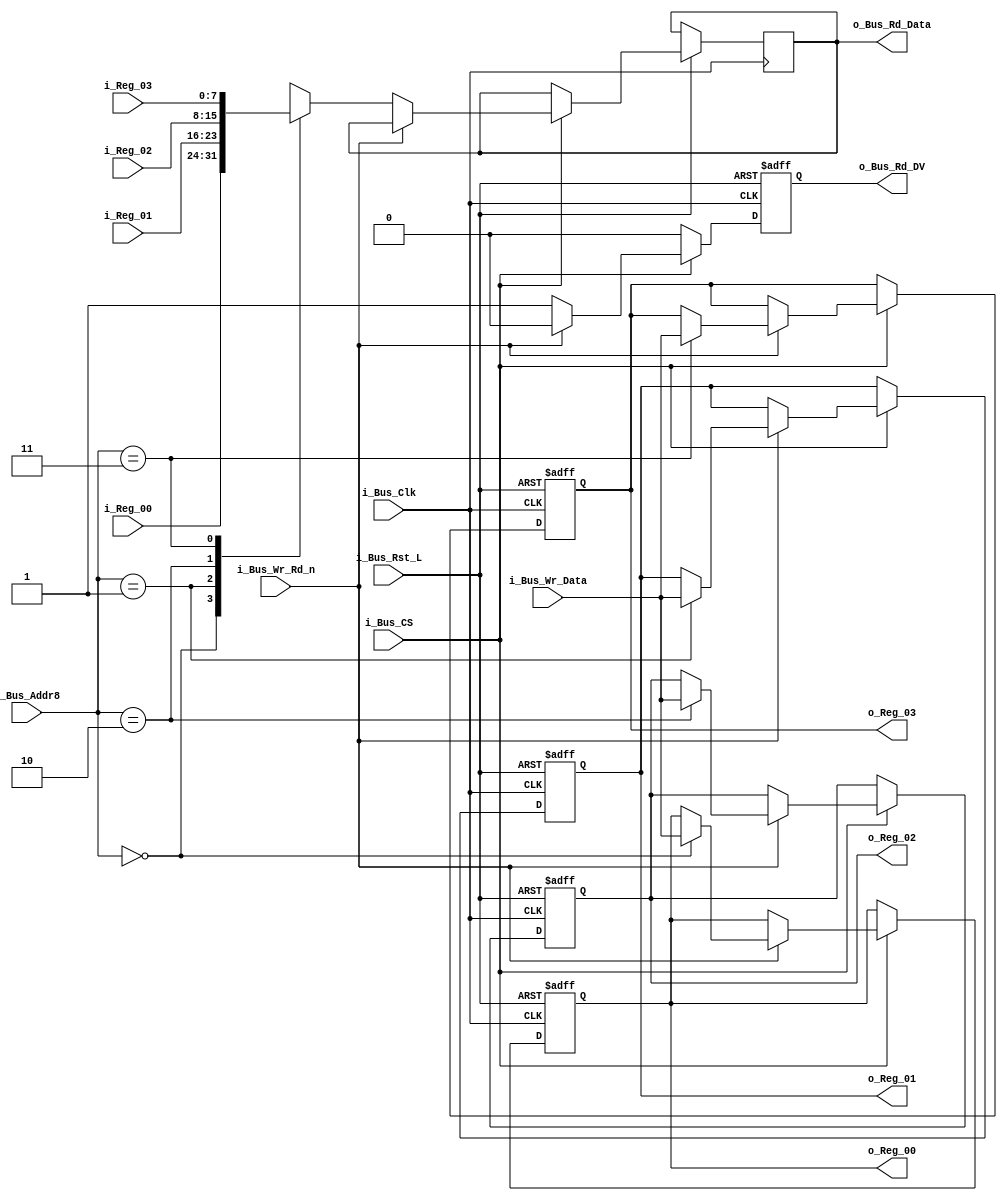
//////////////////////////////////////////////////////////////////////////////
// FPGA Bus Registers, 8 bits wide
// Contains 4 Readable/Writable Registers.
//
// Parameters:
// INIT_XX - Used to initalize registers to non-zero values.
//////////////////////////////////////////////////////////////////////////////
module Bus8_Reg_X4 #(parameter INIT_00 = 0,
                     parameter INIT_01 = 0,
                     parameter INIT_02 = 0,
                     parameter INIT_03 = 0) 
 (input            i_Bus_Rst_L,
  input            i_Bus_Clk,
  input            i_Bus_CS,
  input            i_Bus_Wr_Rd_n,
  input [1:0]      i_Bus_Addr8,
  input [7:0]      i_Bus_Wr_Data,
  output reg [7:0] o_Bus_Rd_Data,
  output reg       o_Bus_Rd_DV,
  input [7:0]      i_Reg_00,
  input [7:0]      i_Reg_01,
  input [7:0]      i_Reg_02,
  input [7:0]      i_Reg_03,
  output reg [7:0] o_Reg_00,
  output reg [7:0] o_Reg_01,
  output reg [7:0] o_Reg_02,
  output reg [7:0] o_Reg_03);

  always @(posedge i_Bus_Clk or negedge i_Bus_Rst_L)
  begin
    if (~i_Bus_Rst_L)
    begin
      o_Bus_Rd_DV <= 1'b0;
      o_Reg_00    <= INIT_00;
      o_Reg_01    <= INIT_01;
      o_Reg_02    <= INIT_02;
      o_Reg_03    <= INIT_03;
    end
    else
    begin
      o_Bus_Rd_DV <= 1'b0;

      if (i_Bus_CS == 1'b1)
      begin
        if (i_Bus_Wr_Rd_n == 1'b1) // Write Command
        begin
          case (i_Bus_Addr8[1:0])
          2'b00 : o_Reg_00 <= i_Bus_Wr_Data;
          2'b01 : o_Reg_01 <= i_Bus_Wr_Data;
          2'b10 : o_Reg_02 <= i_Bus_Wr_Data;
          2'b11 : o_Reg_03 <= i_Bus_Wr_Data;
          endcase
        end
        else // Read Command
        begin
          o_Bus_Rd_DV   <= 1'b1;
          
          case (i_Bus_Addr8[1:0])
          2'b00 : o_Bus_Rd_Data <= i_Reg_00;
          2'b01 : o_Bus_Rd_Data <= i_Reg_01;
          2'b10 : o_Bus_Rd_Data <= i_Reg_02;
          2'b11 : o_Bus_Rd_Data <= i_Reg_03;
          endcase 
        end // else: !if(i_Bus_Wr_Rd_n == 1'b1)
      end // if (i_Bus_CS == 1'b1)
    end // else: !if(!i_Bus_Rst_L)
  end // always @ (posedge i_Bus_Clk or negedge i_Bus_Rst_L)

endmodule